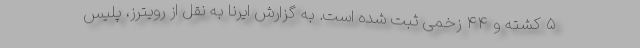
۵ کشته و ۴۴ زخمی ثبت شده است. به گزارش ایرنا به نقل از رویترز، پلیس